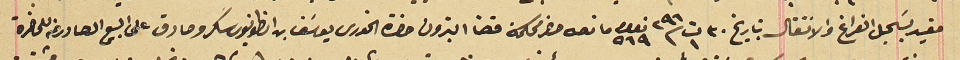
مقيد بسَجل الفراغ والانتقال بتاريخ ٣٠ ت١ سنة ٢٩٦ نمرو ٥٦٩ ما نصه حضر محكمة قضا البترون حضرة الخورى يوسَف بن انطونيوس سَكر وصادق على البيع الصادر عنه للحاضرة